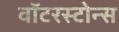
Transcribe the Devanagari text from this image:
वॉटरस्टोन्स